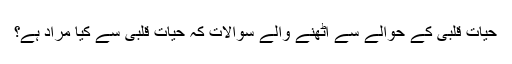
حیاتِ قلبی کے حوالے سے اٹھنے والے سوالات کہ حیاتِ قلبی سے کیا مراد ہے؟